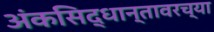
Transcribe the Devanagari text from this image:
अंकसिद्धान्तावरच्या